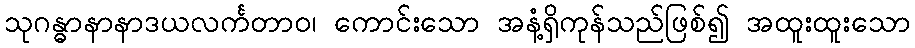
သုဂန္ဓာနာနာဒယလင်္ကတာဝ၊ ကောင်းသော အနံ့ရှိကုန်သည်ဖြစ်၍ အထူးထူးသော